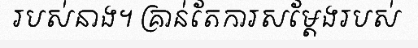
របស់នាង។ គ្រាន់តែការសម្តែងរបស់